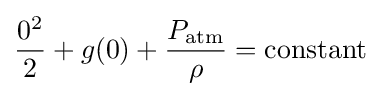
{0^{2} \over 2}+g(0)+{P_{\mathrm {atm} } \over \rho }=\mathrm {constant}